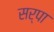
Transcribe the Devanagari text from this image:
सर्पा